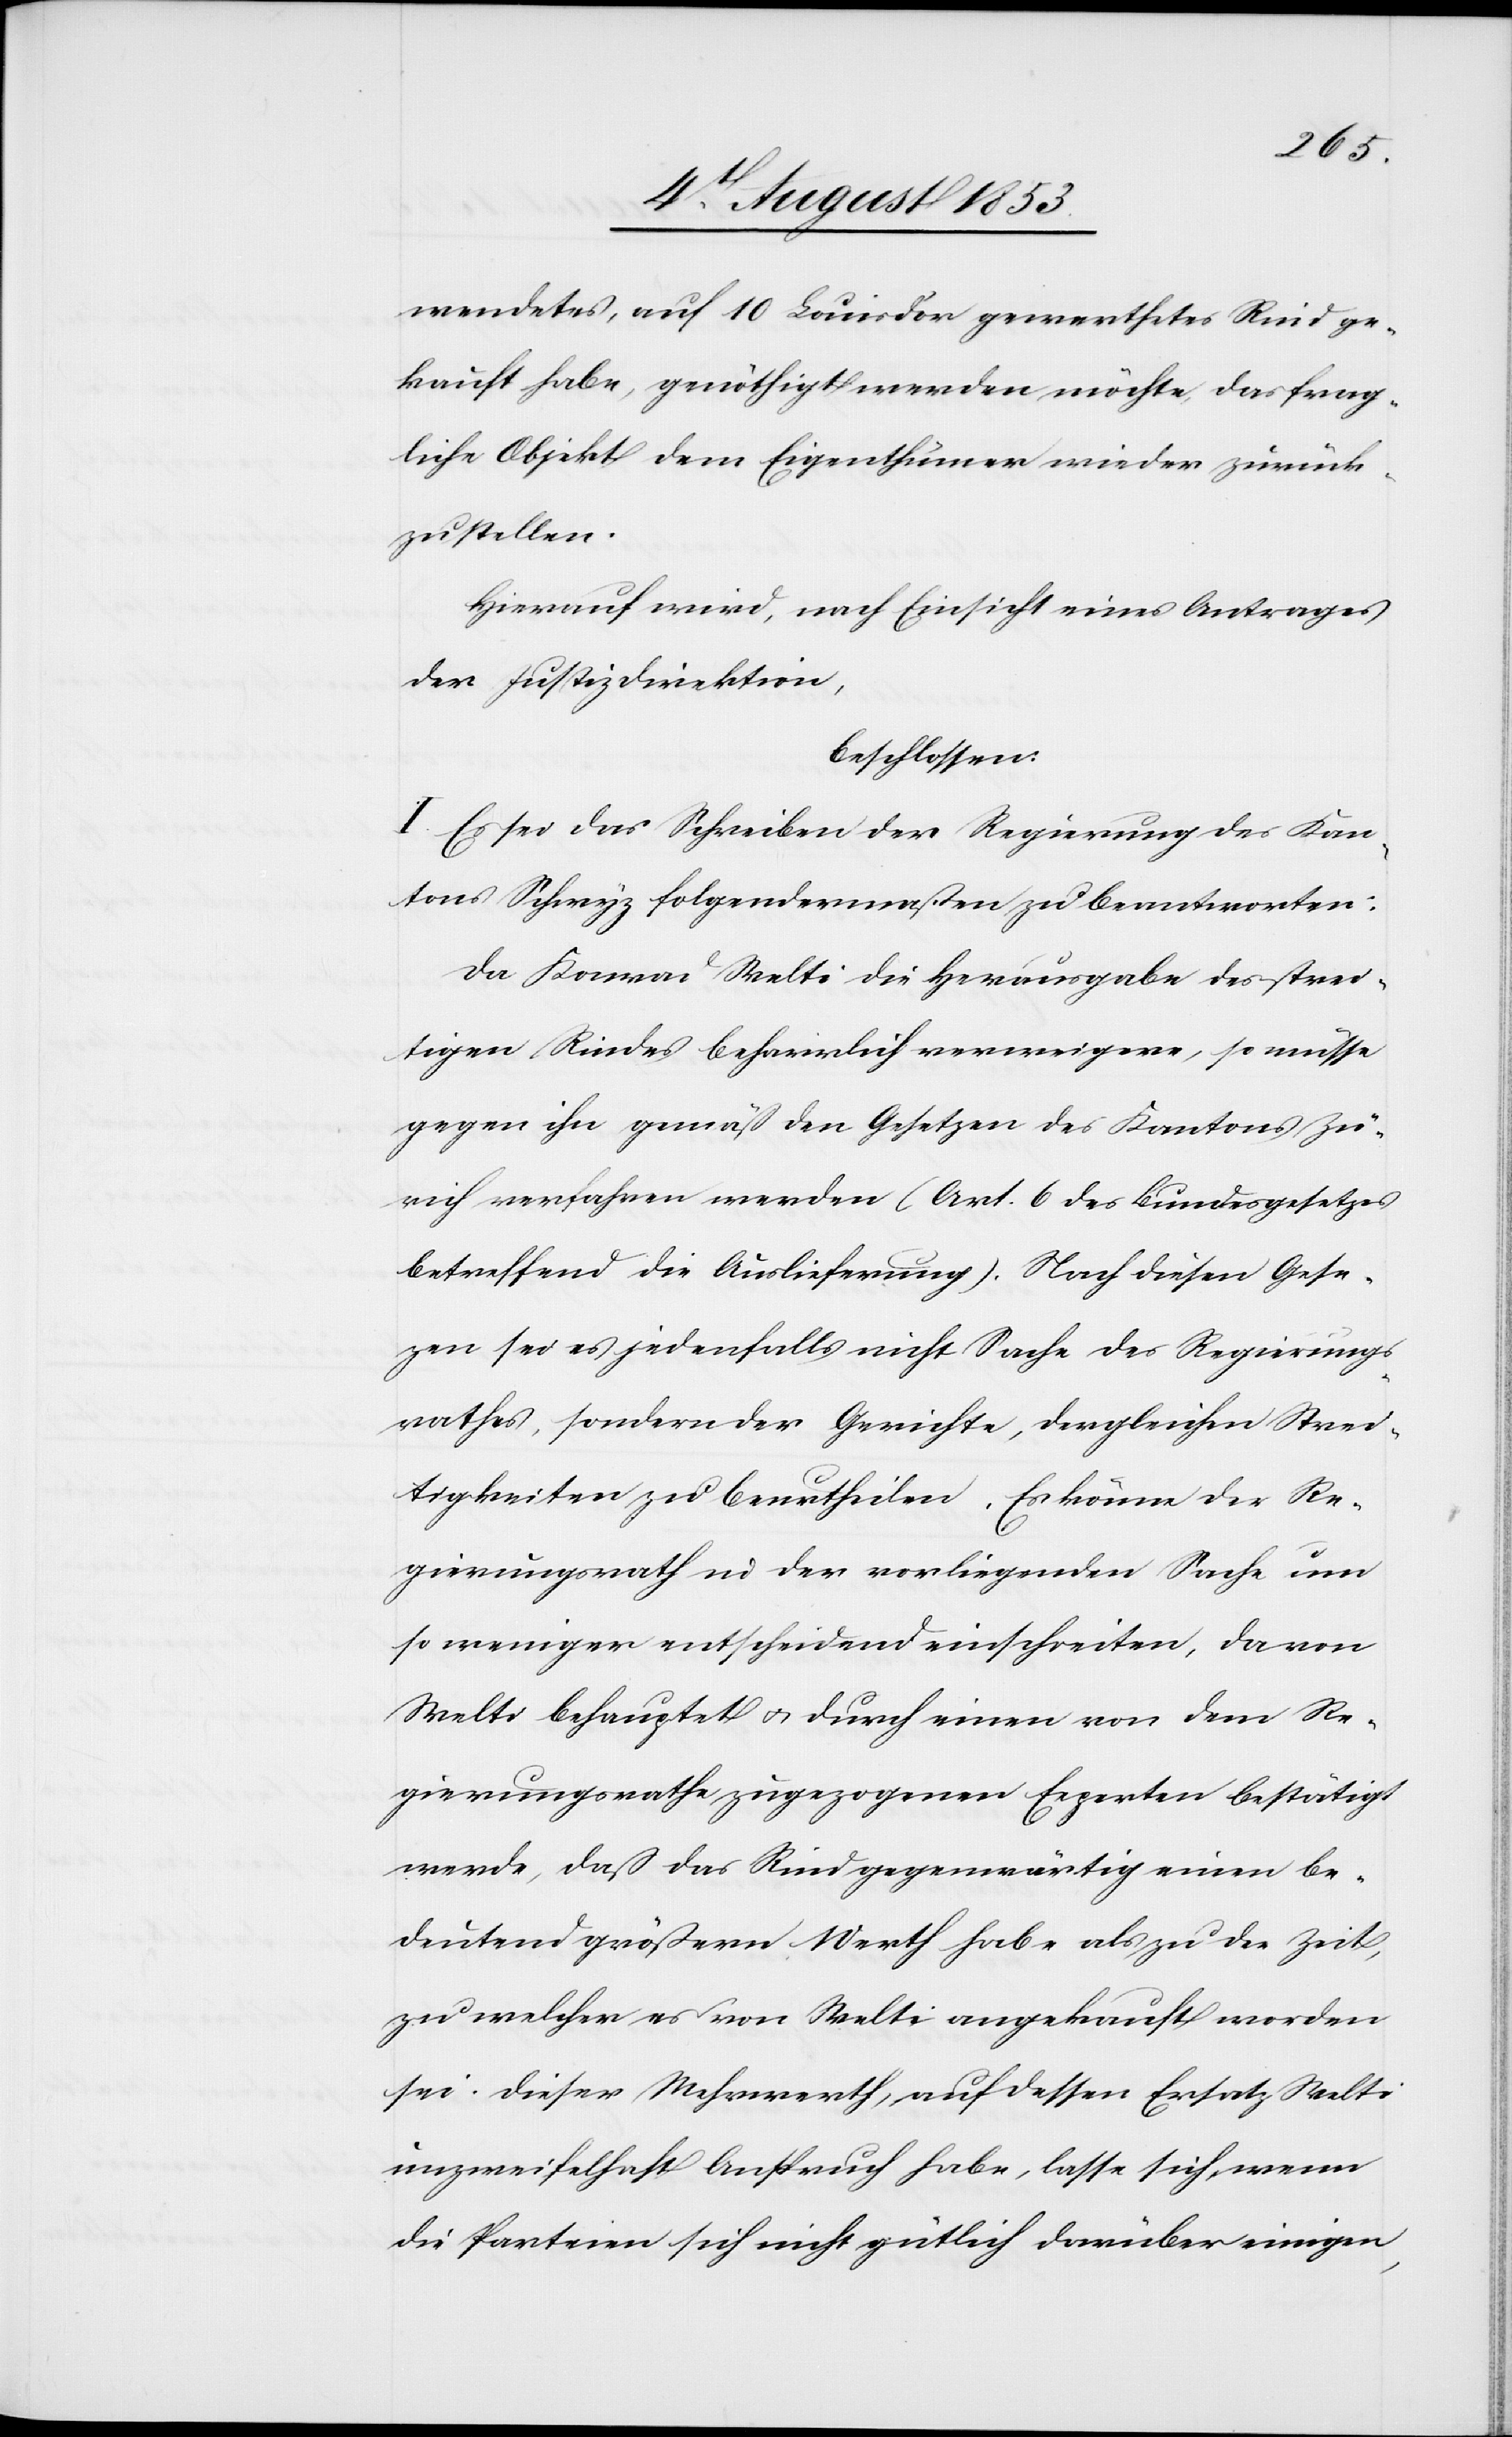
wendetes, auf 10 Louis d’or gewerthetes Rind ge¬
kauft habe, genöthigt werden möchte, das frag¬
liche Objekt dem Eigenthümer wieder zurück¬
zustellen.
Hierauf wird, nach Einsicht eines Antrages
der Justizdirektion,
beschlossen:
I. Es sei das Schreiben der Regierung des Kan¬
tons Schwyz folgendermaßen zu beantworten:
Da Konrad Welti die Herausgabe des strei¬
tigen Rindes beharrlich verweigere, so müsse
gegen ihn gemäß den Gesetzen des Kantons Zü¬
rich verfahren werden (Art. 6 des Bundesgesetzes
betreffend die Auslieferung). Nach diesen Geset¬
zen sei es jedenfalls nicht Sache des Regierungs¬
rathes, sondern der Gerichte, dergleichen Strei¬
tigkeiten zu beurtheilen. Es könne der Re¬
gierungsrath in der vorliegenden Sache um
so weniger entscheidend einschreiten, da von
Welti behauptet u. durch einen von dem Re¬
gierungsrathe zugezogenen Experten bestätigt
werde, daß das Rind gegenwärtig einen be¬
deutend größern Werth habe als zu der Zeit,
zu welcher es von Welti angekauft worden
sei. Dieser Mehrwerth, auf dessen Ersatz Welti
unzweifelhaft Anspruch habe, lasse sich, wenn
die Parteien sich nicht gütlich darüber einigen,